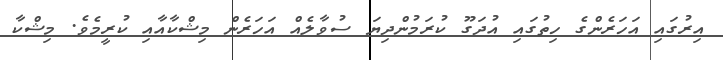
އިރުގައި އަހަރެންގެ ހިތުގައި އުދަގޫ ކުރަމުންދިޔަ ސުވާލެއް އަހަރެން މިޝްކާއާއި ކުރީމެވެ. މިޝްކާ